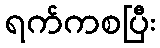
ရက်ကစပြီး